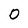
Character: O